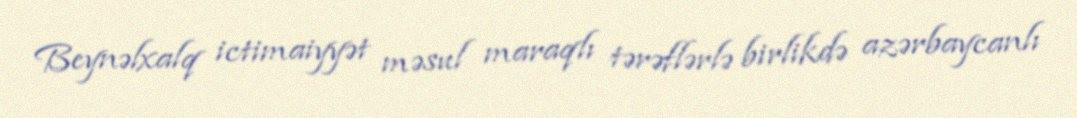
Beynəlxalq ictimaiyyət məsul maraqlı tərəflərlə birlikdə azərbaycanlı